Scientific memoirs by medical officers of the Army of India - Part IV,
Year: 1889
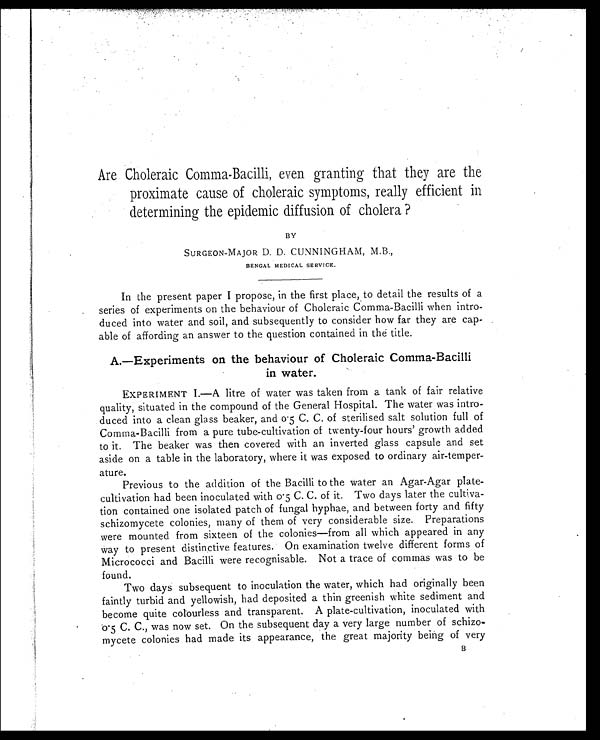
Are Choleraic Comma-Bacilli, even granting that they are the
proximate cause of choleraic symptoms, really efficient in
determining the epidemic diffusion of cholera?
BY
SURGEON-MAJOR D. D. CUNNINGHAM, M.B.,
BENGAL MEDICAL SERVICE.
In the present paper I propose, in the first place, to detail the results of a
series of experiments on the behaviour of Choleraic Comma-Bacilli when intro
-duced into water and soil, and subsequently to consider how far they are cap
-able of affording an answer to the question contained in the title.
A.—Experiments on the behaviour of Choleraic Comma-Bacilli
in water.
EXPERIMENT I.—A litre of water was taken from a tank of fair relative
quality, situated in the compound of the General Hospital. The water was intro
- d u c e d i n t o a c l e a n g l a s s b e a k e r , a n d 0 . 5 C . C . o f s t e r i l i s e d s a l t s o l u t i o n f u l l o f
Comma-Bacilli from a pure tube-cultivation of twenty-four hours' growth added
to it. The beaker was then covered with an inverted glass capsule and set
aside on a table in the laboratory, where it was exposed to ordinary air-temper
- a t u r e .
Previous to the addition of the Bacilli to the water an Agar-Agar plate-
cultivation had been inoculated with 0.5 C. C. of it. Two days later the cultiva
- t i o n c o n t a i n e d o n e i s o l a t e d p a t c h o f f u n g a l h y p h a e , a n d b e t w e e n f o r t y a n d f i f t y
schizomycete colonies, many of them of very considerable size. Preparations
were mounted from sixteen of the colonies—from all which appeared in any
way to present distinctive features. On examination twelve different forms of
Micrococci and Bacilli were recognisable. Not a trace of commas was to be
found.
Two days subsequent to inoculation the water, which had originally been
faintly turbid and yellowish, had deposited a thin greenish white sediment and
become quite colourless and transparent. A plate-cultivation, inoculated with
0.5 C. C., was now set. On the subsequent day a very large number of schizo
- m y c e t e c o l o n i e s h a d m a d e i t s a p p e a r a n c e , t h e g r e a t m a j o r i t y b e i n g o f v e r y